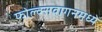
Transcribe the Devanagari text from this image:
फोल्क्सवागनमध्ये